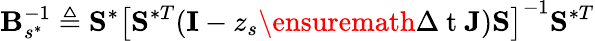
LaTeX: \mathbf{B}_{s^{\ast}}^{-1}\triangleq\mathbf{S}^{\ast}\left[\mathbf{S}^{\ast T}(\mathbf{I}-z_{s}\ensuremath{\Delta\mathrm{~t~}}\mathbf{J})\mathbf{S}\right]^{-1}\mathbf{S}^{\ast T}